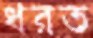
ধরত